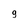
Character: 9